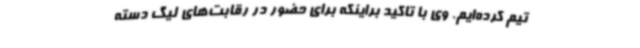
تیم کرده‌ایم. وی با تاکید براینکه برای حضور در رقابت‌های لیگ دسته